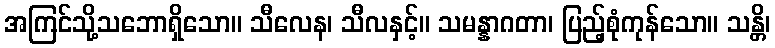
အကြင်သို့သဘောရှိသော။ သီလေန၊ သီလနှင့်။ သမန္နာဂတာ၊ ပြည့်စုံကုန်သော။ သန္တိ၊